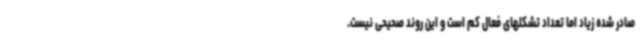
صادر شده زیاد اما تعداد تشکلهای فعال کم است و این روند صحیحی نیست.